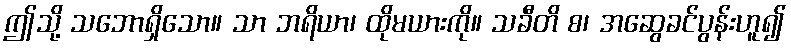
ဤသို့ သဘောရှိသော။ သာ ဘရိယာ၊ ထိုမယားကို။ သခီတိ စ၊ အဆွေခင်ပွန်းဟူ၍